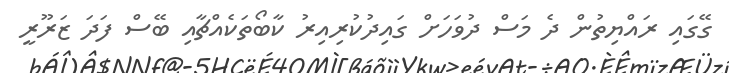
ގޭގައި ރައްޔިތުން ދެ މަސް ދުވަހަށް ގައިދުކުރިއިރު ކާބޯތަކެއްޗާއި ބޭސް ފަދަ ޒަރޫރީ